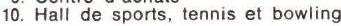
10. Hall de sports, tennis et bowling